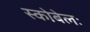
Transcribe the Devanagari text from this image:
स्कोबेलः